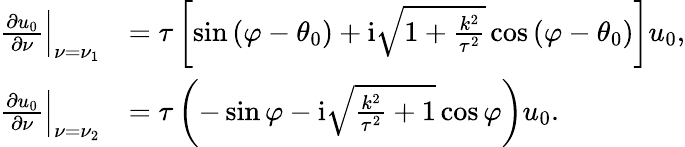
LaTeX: \begin{array}{rl}{\frac{\partial u_{0}}{\partial\nu}\Big|_{\nu=\nu_{1}}}&{=\tau\left[\sin\left(\varphi-\theta_{0}\right)+\mathrm{i}\sqrt{1+\frac{k^{2}}{\tau^{2}}}\cos\left(\varphi-\theta_{0}\right)\right]u_{0},}\\ {\frac{\partial u_{0}}{\partial\nu}\Big|_{\nu=\nu_{2}}}&{=\tau\left(-\sin\varphi-\mathrm i\sqrt{\frac{k^{2}}{\tau^{2}}+1}\cos\varphi\right)u_{0}.}\end{array}